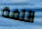
اللفة